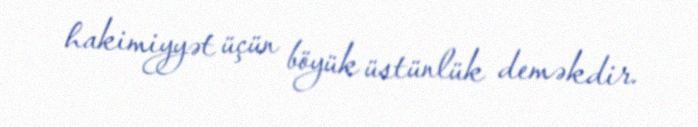
hakimiyyət üçün böyük üstünlük deməkdir.